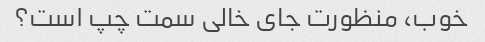
خوب، منظورت جای خالی سمت چپ است؟